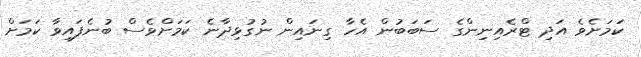
ކަމަށެވެ އަދި ޓްރެއިނިންގެ ސަބަބުން އެހާ ގިނައިން ނުގުޅިދާނެ ކަމަށްވެސް ބުނެފައިވާ ކަމަށް